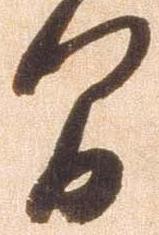
間